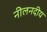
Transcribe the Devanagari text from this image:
नीलनदीय